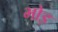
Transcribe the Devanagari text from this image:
भोइ